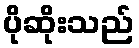
ပိုဆိုးသည်